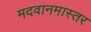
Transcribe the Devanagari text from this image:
मदवानमास्तर